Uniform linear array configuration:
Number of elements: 4
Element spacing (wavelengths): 0.75
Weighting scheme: exponential
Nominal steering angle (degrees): -30
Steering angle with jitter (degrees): -31.34
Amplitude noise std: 0.05
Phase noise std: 0.05

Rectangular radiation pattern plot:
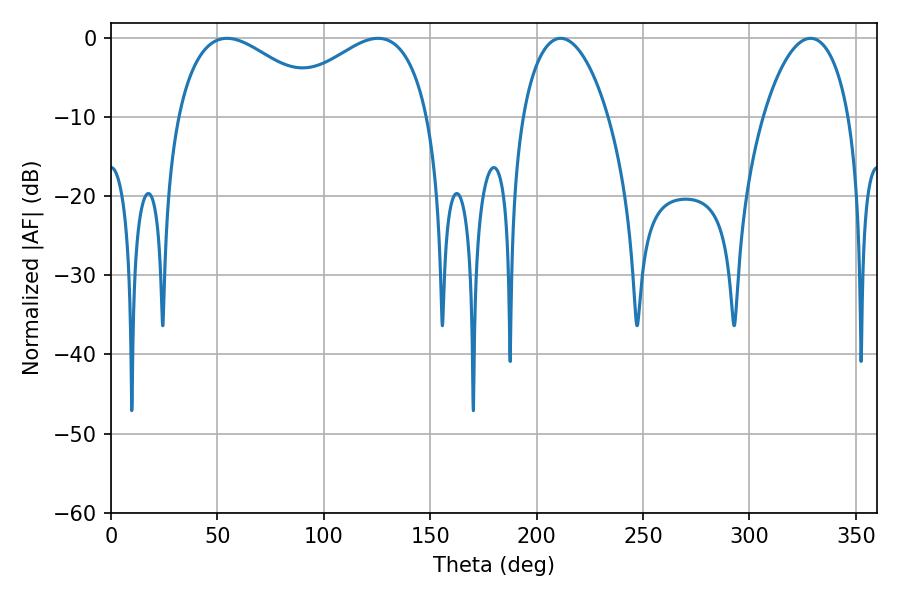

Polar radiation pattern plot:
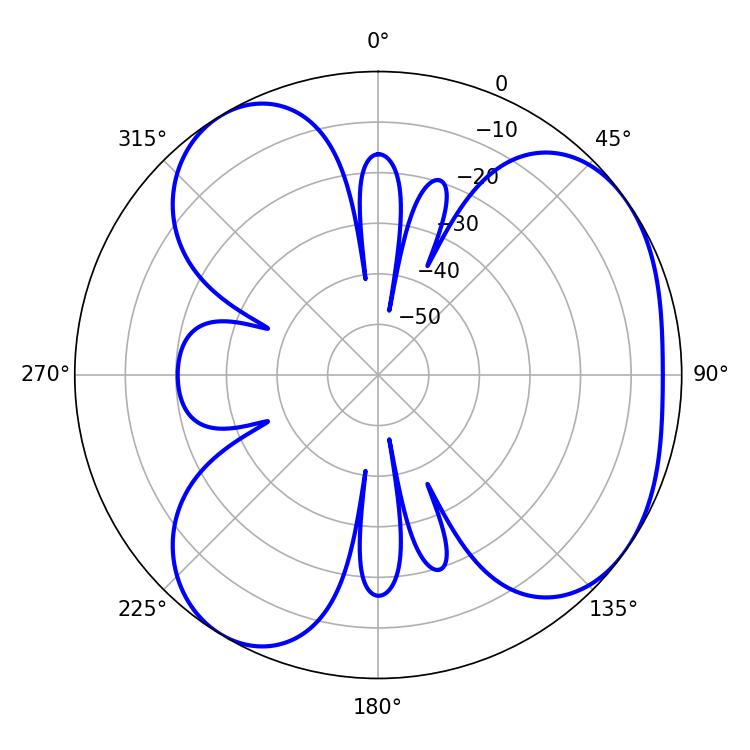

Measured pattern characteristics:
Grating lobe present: TRUE
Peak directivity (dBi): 4.709
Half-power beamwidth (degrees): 38.88
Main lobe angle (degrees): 54.54